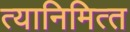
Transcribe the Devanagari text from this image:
त्‍यानिमित्‍त